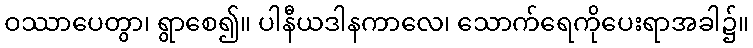
ဝဿာပေတွာ၊ ရွာစေ၍။ ပါနီယဒါနကာလေ၊ သောက်ရေကိုပေးရာအခါ၌။